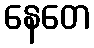
နေတေ